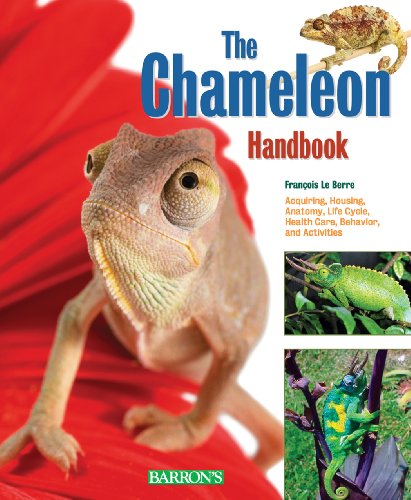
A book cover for Chameleon Handbook (Barron's Pet Handbooks); Francois Le Berre; Crafts, Hobbies & Home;